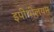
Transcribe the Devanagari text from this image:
इपीथीलयम